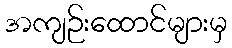
အကျဉ်းထောင်များမှ